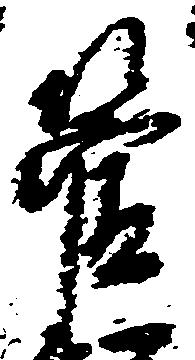
管